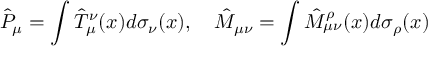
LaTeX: { \hat { P } } _ { \mu } = \int { \hat { T } } _ { \mu } ^ { \nu } ( x ) d \sigma _ { \nu } ( x ) , \quad { \hat { M } } _ { \mu \nu } = \int { \hat { M } } _ { \mu \nu } ^ { \rho } ( x ) d \sigma _ { \rho } ( x )